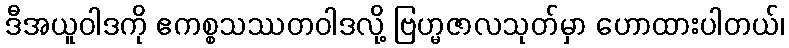
ဒီအယူဝါဒကို ဧကစ္စသဿတဝါဒလို့ ဗြဟ္မဇာလသုတ်မှာ ဟောထားပါတယ်၊